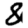
Digit: 8